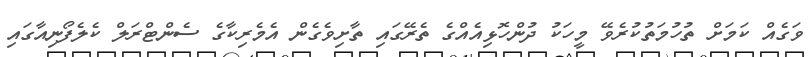
ވަގެއް ކަމަށް ތުހުމަތުކުރެވޭ މީހަކު ދުންހޮޅިއެއްގެ ތެރޭގައި ތާށިވެގެން އެމެރިކާގެ ސެންޓްރަލް ކެލެފޯނިއާގައި